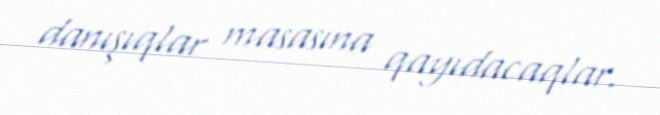
danışıqlar masasına qayıdacaqlar.